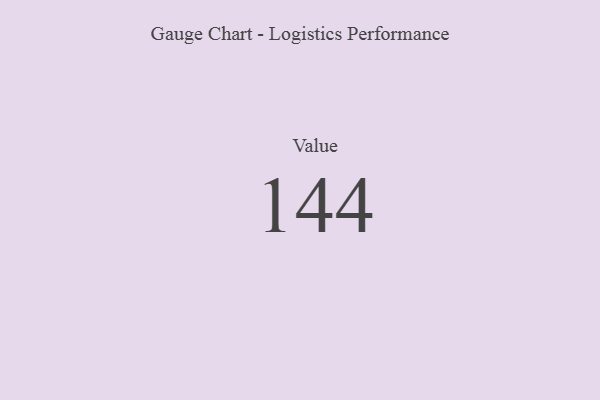
{"axis": {"x": "Metric", "y": "Value"}, "legend": [""], "data": [{"x": "Value", "y": 144, "type": ""}]}